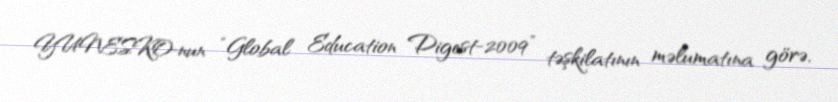
YUNESKO-nun “Global Education Digest-2009” təşkilatının məlumatına görə,